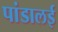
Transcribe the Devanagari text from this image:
पांडालई